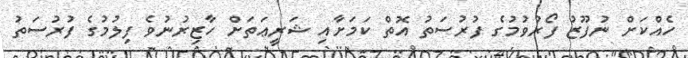
ހެއްކަށް ނުފޫޒު ފޯރުވުމުގެ ފުރުސަތު އޮތް ކަމަށާއި ޝަރީޢަތަށް ހާޒިރުނުވެ ފިލުމުގެ ފުރުސަތު